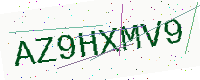
Text: AZ9HXMV9